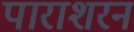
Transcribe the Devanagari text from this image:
पाराशरन